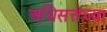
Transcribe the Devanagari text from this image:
अधिसत्तेच्या